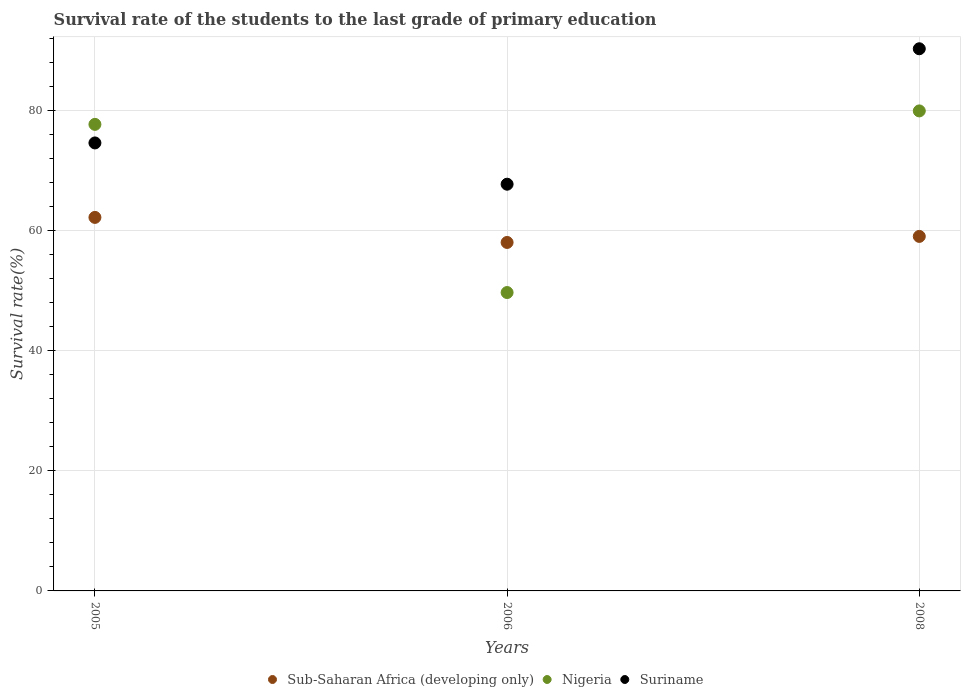
| Years | Sub-Saharan Africa (developing only) | Nigeria | Suriname |
 | --- | --- | --- | --- |
 | 2005 | 62.2 | 77.7 | 74.7 |
 | 2006 | 58.1 | 49.7 | 67.8 |
 | 2008 | 59.1 | 80 | 90.3 |